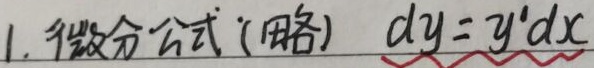
1. 微分公式（用略） \(dy = y'dx\)